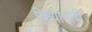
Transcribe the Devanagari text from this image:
क्रियावादी